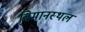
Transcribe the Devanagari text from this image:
बिमानस्थल